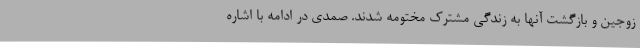
زوجین و بازگشت آنها به زندگی مشترک مختومه شدند. صمدی در ادامه با اشاره